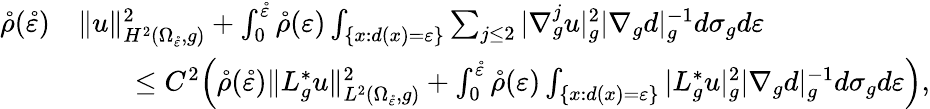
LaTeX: \begin{array}{rl}{\mathring\rho(\mathring\varepsilon)}&{\| u\| _{H^{2}(\Omega_{\mathring\varepsilon},g)}^{2}+\int_{0}^{\mathring\varepsilon}\mathring\rho(\varepsilon)\int_{\{ x:d(x)=\varepsilon\} }\sum_{j\leq 2}|\nabla_{g}^{j}u|_{g}^{2}|\nabla_{g}d|_{g}^{-1}d\sigma_{g}d\varepsilon}\\ &{\qquad\leq C^{2}\Big(\mathring\rho(\mathring\varepsilon)\| L_{g}^{*}u\| _{L^{2}(\Omega_{\mathring\varepsilon},g)}^{2}+\int_{0}^{\mathring\varepsilon}\mathring\rho(\varepsilon)\int_{\{ x:d(x)=\varepsilon\} }|L_{g}^{*}u|_{g}^{2}|\nabla_{g}d|_{g}^{-1}d\sigma_{g}d\varepsilon\Big),}\end{array}